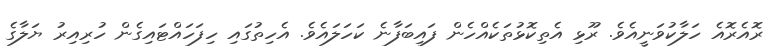
ރޮއެރޮއެ ހަލާކުވަނީއެވެ. ރޫޅި އެތިކޮޅުތަކެއްހެން ފައިބަފާނެ ކަހަލައެވެ. އެހިތުގައި ހިފަހައްޓައިގެން ހުރިއިރު ޔަލާގެ